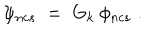
\psi _ { n c s } \; = \; G _ { k } \: \phi _ { n c s } \; .